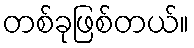
တစ်ခုဖြစ်တယ်။